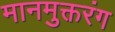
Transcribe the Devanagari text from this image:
मानमुक्तरंग